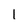
Character: 1